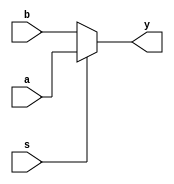
module mux2x1 (
    input   [31:0] a, b,
    input   s,
    output  [31:0] y
); 

assign y =  (s) ? a : b;

endmodule